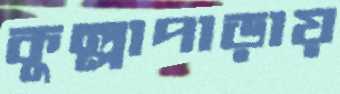
কুল্লাপাড়ায়